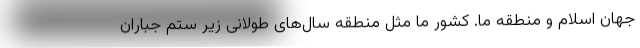
جهان اسلام و منطقه ما. کشور ما مثل منطقه سال‌های طولانی زیر ستم جباران